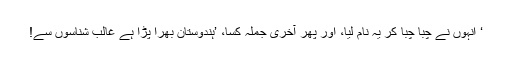
‘ انہوں نے چبا چبا کر یہ نام لیا، اور پھر آخری جملہ کسا، ’ہندوستان بھرا پڑا ہے غالب شناسوں سے!